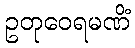
ဥတုဝေရမဏိံ